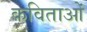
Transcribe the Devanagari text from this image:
कविताओंं